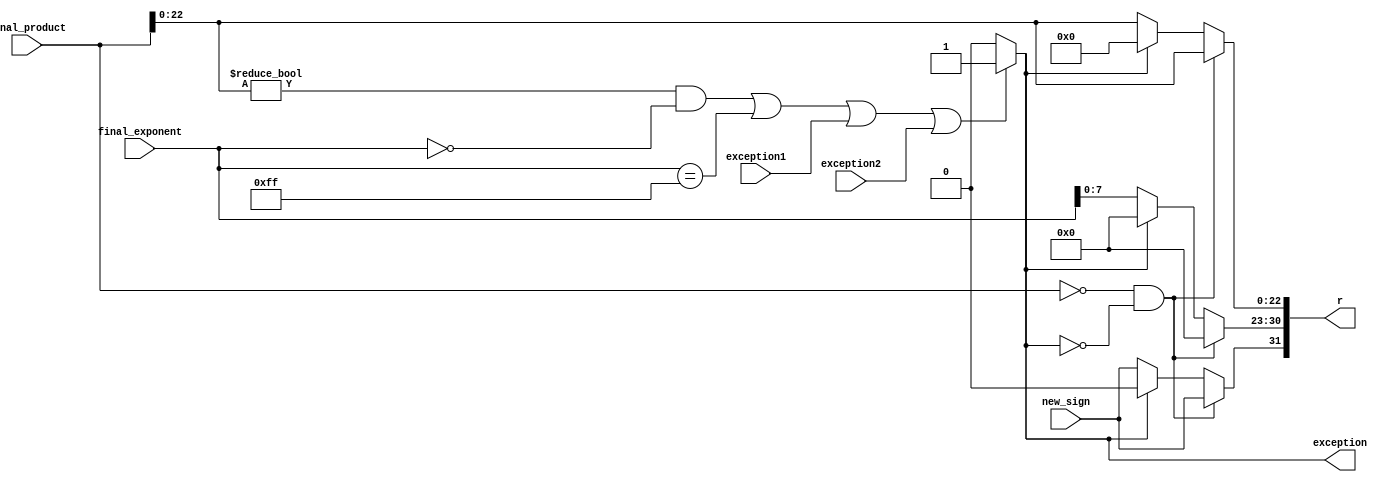
module c_result1(final_exponent, final_product, new_sign, r,exception1,exception2,exception);

input [24:0] final_product;
input [8:0] final_exponent;
input new_sign;
input exception1,exception2;


output reg[31:0]r;
output reg exception;

always@(*)
begin

	if((final_product[22:0]!=23'b0 && final_exponent == 8'b0) ||final_exponent == 8'b11111111 ||exception1 == 1'b1 || exception2 == 1'b1)
	exception = 1'b1;
	else
	exception=1'b0;
end

always@(*)
begin	
	if(final_product == 23'b00000000000000000000000 && exception==1'b0)
	begin
	r[31] = new_sign;
	r[30:23] = 8'b00000000;
	r[22:0] = final_product[22:0];
	end

	else if(exception==1'b0)
	begin
	r[30:23] = final_exponent[7:0];
	r[31] = new_sign;
	r[22:0] = final_product[22:0];
	end
	
	else
	begin
	r[30:23] = 8'b0;
	r[31] = 1'b0;
	r[22:0] = 23'b0;
	end
	
end

endmodule